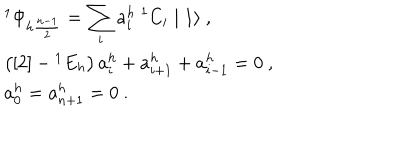
LaTeX: \begin{array} { r c l } { { } } & { { } } & { { { ^ 1 \Phi } _ { h \frac { n - 1 } { 2 } } = \displaystyle \sum _ { i } a _ { i } ^ { h } ~ { ^ 1 C } _ { i } \mid 1 \rangle ~ , } } \\ { { } } & { { } } & { { \left( [ 2 ] - { ^ 1 E } _ { h } \right) a _ { i } ^ { h } + a _ { i + 1 } ^ { h } + a _ { i - 1 } ^ { h } = 0 ~ , } } \\ { { } } & { { } } & { { a _ { 0 } ^ { h } = a _ { n + 1 } ^ { h } = 0 ~ . } } \\ \end{array}